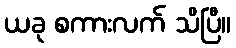
ယခု စကားလက် သိပြီ။